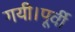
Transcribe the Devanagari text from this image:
गयी।पूर्वी